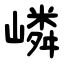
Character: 嶙